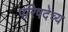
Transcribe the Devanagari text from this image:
परिषदेच्य